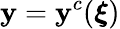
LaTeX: \mathbf{y}=\mathbf{y}^{c}(\boldsymbol{\xi})